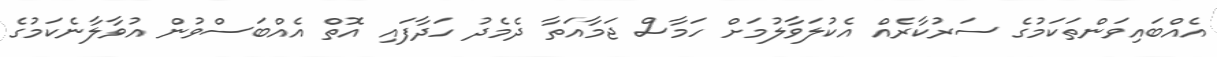
އެއްބައިވަންތަކަމުގެ ސަރުކާރެއް އެކުލަވާލުމަށް ހަމާސް ޖަމާއަތާ ދެމެދު ހަދާފައި އޮތް އެއްބަސްވުން އުވާލާނެކަމުގެ